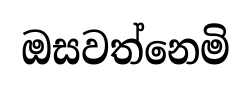
ඔසවත්නෙමි